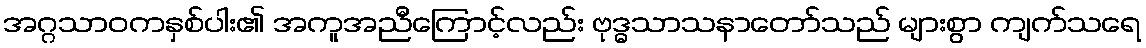
အဂ္ဂသာဝကနှစ်ပါး၏ အကူအညီကြောင့်လည်း ဗုဒ္ဓသာသနာတော်သည် များစွာ ကျက်သရေ